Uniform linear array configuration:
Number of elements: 64
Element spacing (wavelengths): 0.5
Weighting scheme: binomial
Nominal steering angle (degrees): -45
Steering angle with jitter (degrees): -43.544
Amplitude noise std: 0.05
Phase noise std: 0.05

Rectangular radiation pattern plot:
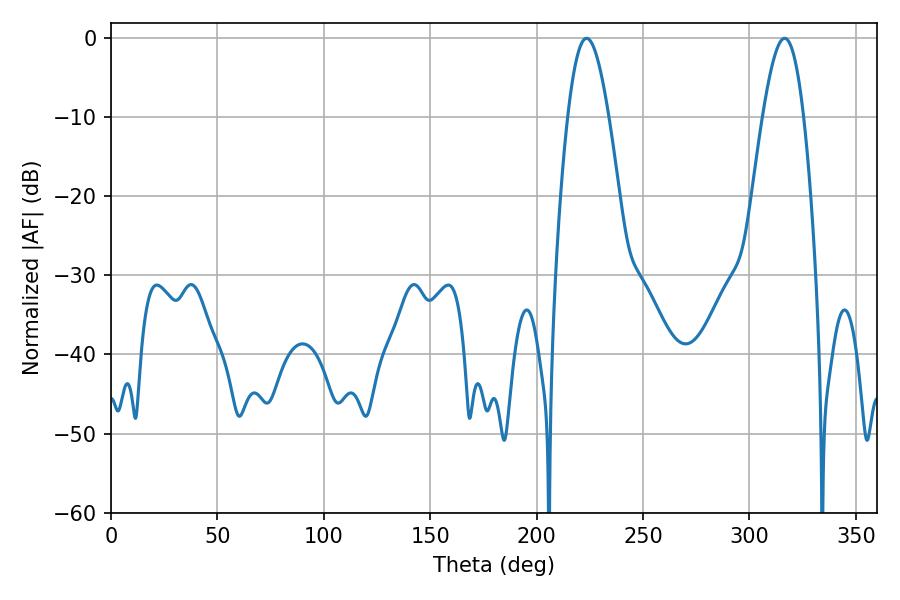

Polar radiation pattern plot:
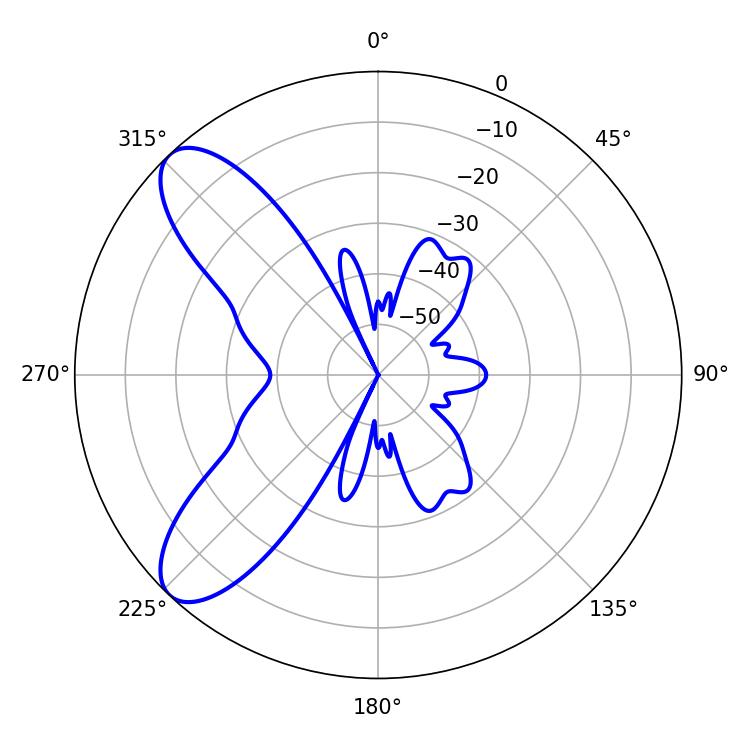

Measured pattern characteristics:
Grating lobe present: FALSE
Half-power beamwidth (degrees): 10.44
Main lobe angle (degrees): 223.38